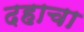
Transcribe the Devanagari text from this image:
दहाचा